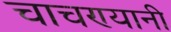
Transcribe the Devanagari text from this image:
चाचण्यानी